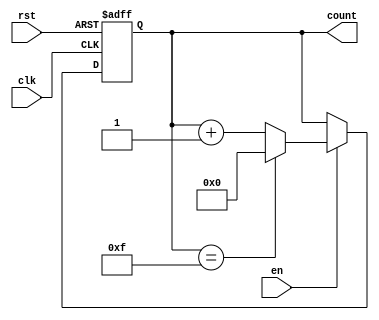
module binary_counter #(
    parameter N = 4  // Parameter for the bit width of the counter
) (
    input wire clk,     // Clock signal
    input wire rst,     // Asynchronous reset signal
    input wire en,      // Enable signal
    output reg [N-1:0] count // N-bit output count
);

    // Counter operation
    always @(posedge clk or posedge rst) begin
        if (rst) begin
            count <= 0; // Reset counter to 0
        end
        else if (en) begin
            if (count == (2**N - 1)) begin
                count <= 0; // Roll over to 0 if max count is reached
            end
            else begin
                count <= count + 1; // Increment the counter
            end
        end
    end

endmodule